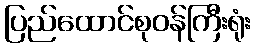
ပြည်ထောင်စုဝန်ကြီးရုံး